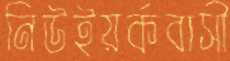
নিউইয়র্কবাসী